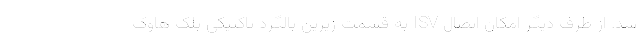
شد. از طرف دیگر امکان اتصال ISV به قسمت زیرین بالگرد تاکتیکی بلک هاوک